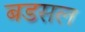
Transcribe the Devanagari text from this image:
बडसल